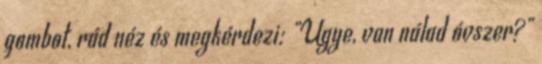
gombot, rád néz és megkérdezi: "Ugye, van nálad óvszer?"